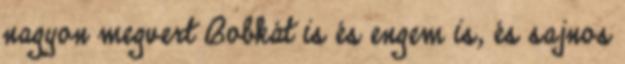
nagyon megvert Bobkát is és engem is, és sajnos